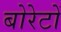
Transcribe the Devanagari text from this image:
बोरेटों